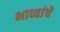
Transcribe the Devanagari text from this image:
भाव्यांचे